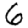
Digit: 6